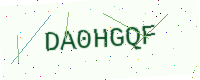
Text: DA0HGQF